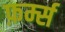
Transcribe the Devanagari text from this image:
फ़र्म्स